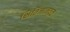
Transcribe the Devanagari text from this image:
क्षितिजाजवळ